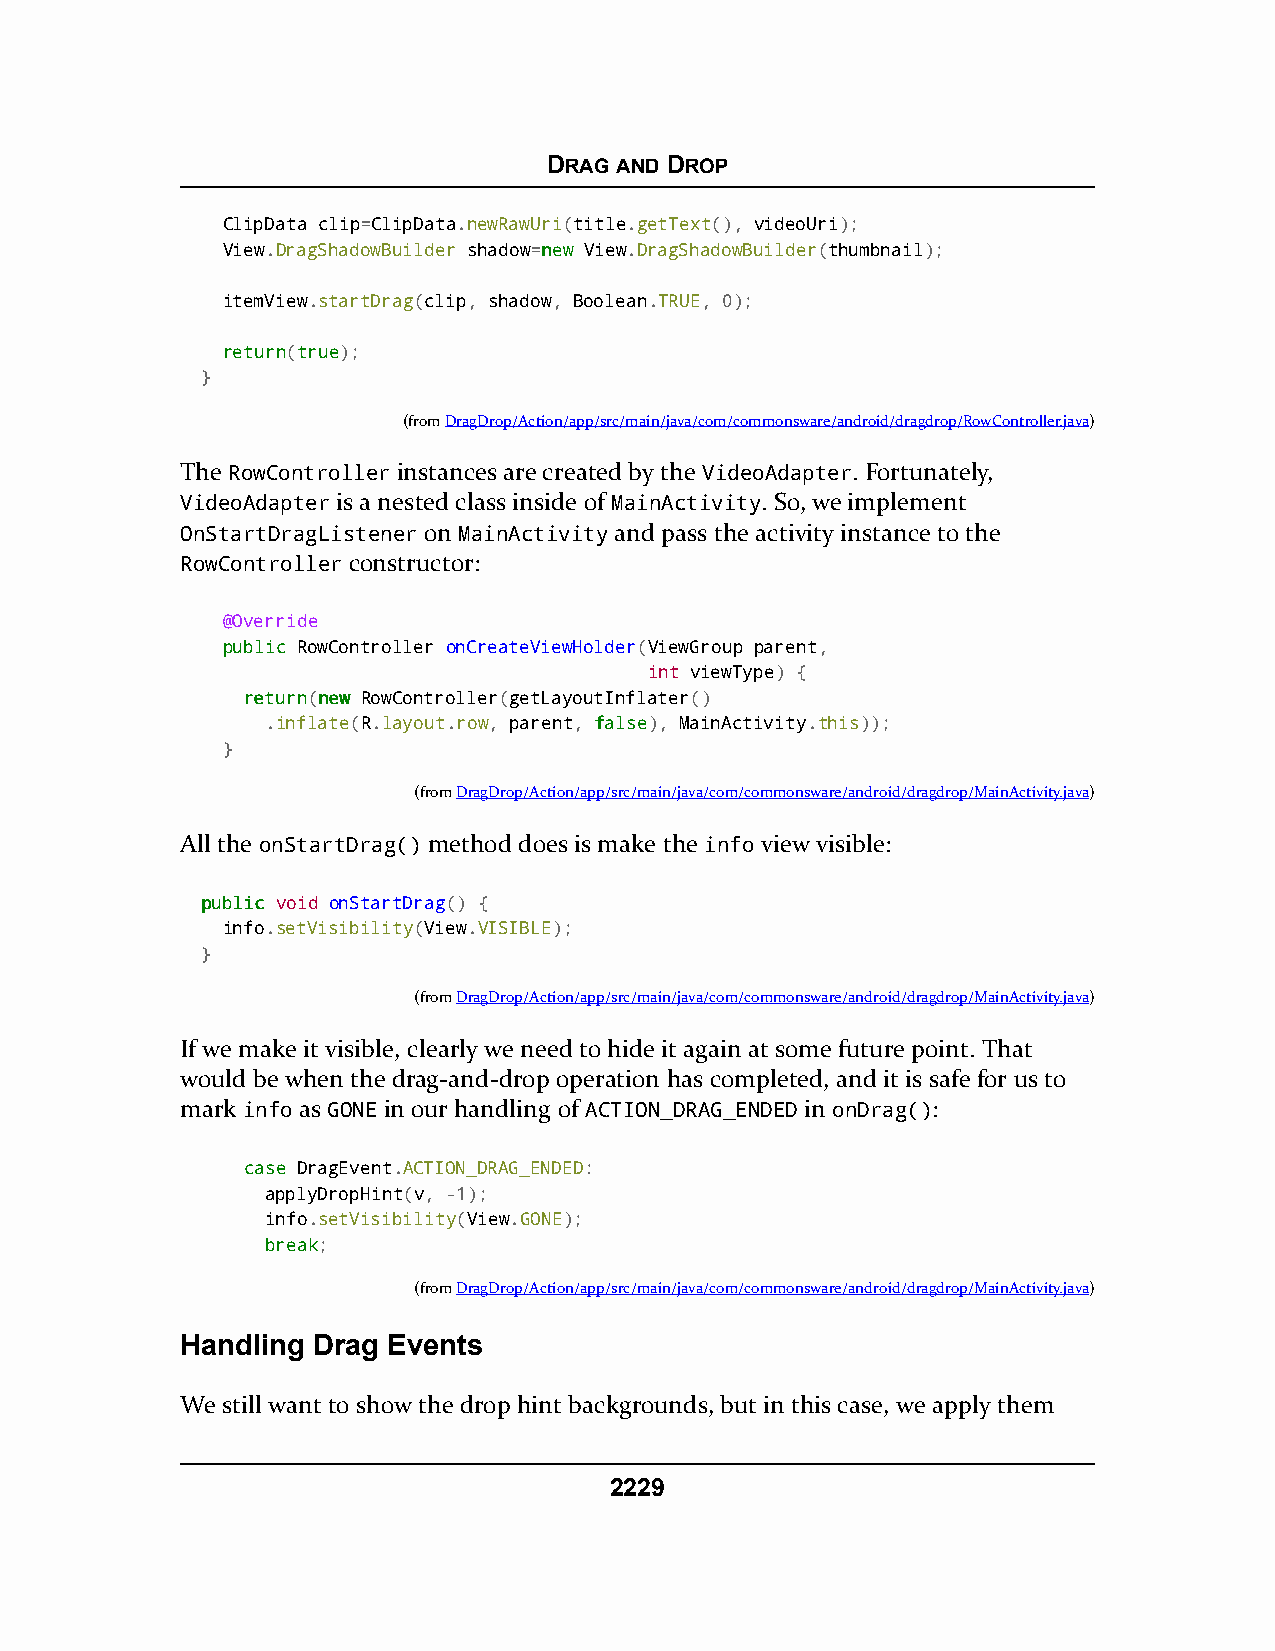
DRAG AND DROP
 ClipData clip=ClipData.newRawUri(title.getText(), videoUri);
 View.DragShadowBuilder shadow=nneeww View.DragShadowBuilder(thumbnail);
 itemView.startDrag(clip, shadow, Boolean.TRUE, 0);
 rreettuurrnn(ttrruuee);
 }
 (fromDragDrop/Action/app/src/main/java/com/commonsware/android/dragdrop/RowController.java)
 The RowController instances are created by the VideoAdapter. Fortunately,
 VideoAdapter is a nested class inside of MainActivity. So, we implement
 OnStartDragListener on MainActivity and pass the activity instance to the
 RowController constructor:
 @Override
 ppuubblliicc RowController onCreateViewHolder(ViewGroup parent,
 int viewType) {
 rreettuurrnn(nneeww RowController(getLayoutInflater()
 .inflate(R.layout.row, parent, ffaallssee), MainActivity.this));
 }
 (fromDragDrop/Action/app/src/main/java/com/commonsware/android/dragdrop/MainActivity.java)
 All the onStartDrag() method does is make the info view visible:
 ppuubblliicc void onStartDrag() {
 info.setVisibility(View.VISIBLE);
 }
 (fromDragDrop/Action/app/src/main/java/com/commonsware/android/dragdrop/MainActivity.java)
 If we make it visible, clearly we need to hide it again at some future point. That
 would be when the drag-and-drop operation has completed, and it is safe for us to
 mark info as GONE in our handling of ACTION_DRAG_ENDED in onDrag():
 ccaassee DragEvent.ACTION_DRAG_ENDED:
 applyDropHint(v, -1);
 info.setVisibility(View.GONE);
 bbrreeaakk;
 (fromDragDrop/Action/app/src/main/java/com/commonsware/android/dragdrop/MainActivity.java)
 Handling Drag Events
 We still want to show the drop hint backgrounds, but in this case, we apply them
 2229